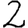
Digit: 2